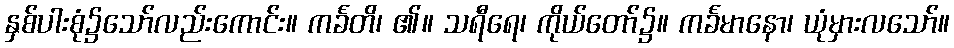
နှစ်ပါးစုံ၌သော်လည်းကောင်း။ ကင်္ခတိ၊ ၏။ သရီရေ၊ ကိုယ်တော်၌။ ကင်္ခမာနော၊ ယုံမှားလသော်။